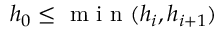
h _ { 0 } \leq \textrm { m i n } ( h _ { i } , h _ { i + 1 } )